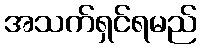
အသက်ရှင်ရမည်